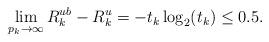
LaTeX: \begin{align*}\begin{aligned}\lim_{p_k \to \infty} R^{ub}_k-R^{u}_k& =- t_k \log_2({t_k}) \leq 0.5.\end{aligned}\end{align*}